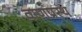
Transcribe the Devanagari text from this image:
वाणप्रस्थ